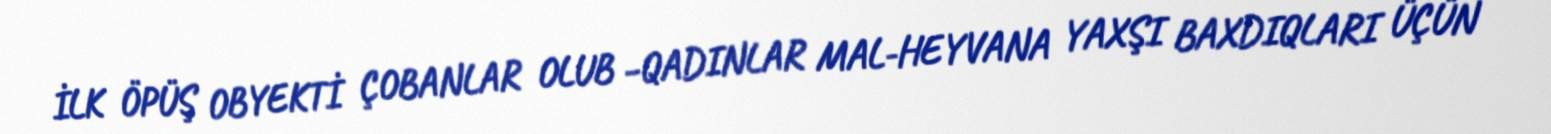
İLK ÖPÜŞ OBYEKTİ ÇOBANLAR OLUB –QADINLAR MAL-HEYVANA YAXŞI BAXDIQLARI ÜÇÜN